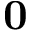
\mathbf { 0 }